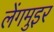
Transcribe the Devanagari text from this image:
लेंगमुइर